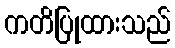
ကတိပြုထားသည်